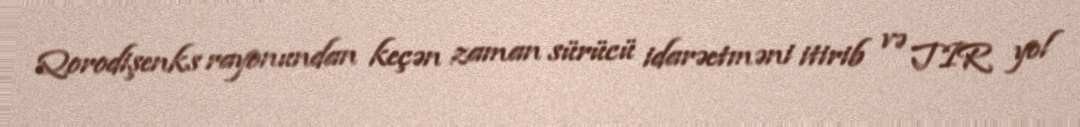
Qorodişenks rayonundan keçən zaman sürücü idarəetməni itirib və TIR yol